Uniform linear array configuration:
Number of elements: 8
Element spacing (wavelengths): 0.75
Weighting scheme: hamming
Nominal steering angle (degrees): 15
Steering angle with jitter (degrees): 14.92
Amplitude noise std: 0.05
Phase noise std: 0.05

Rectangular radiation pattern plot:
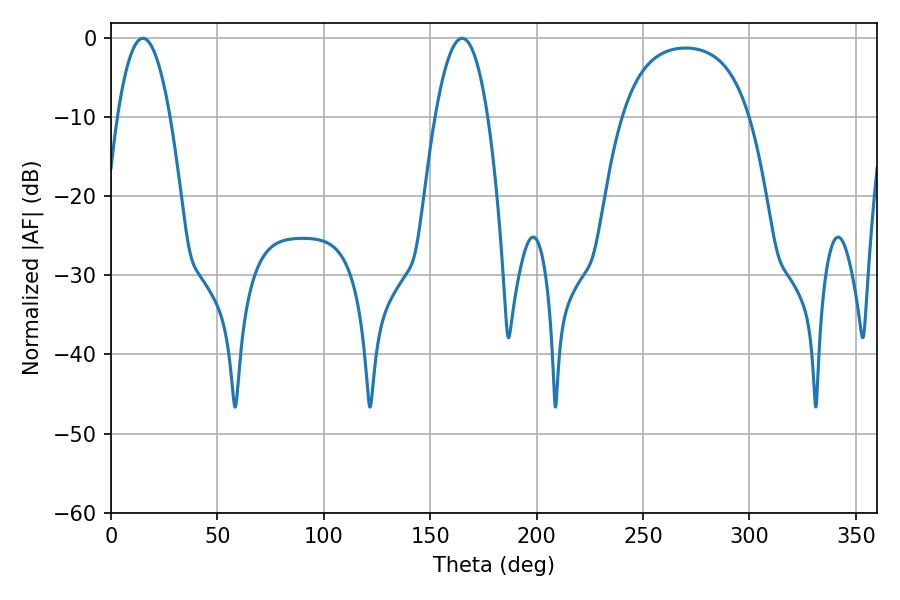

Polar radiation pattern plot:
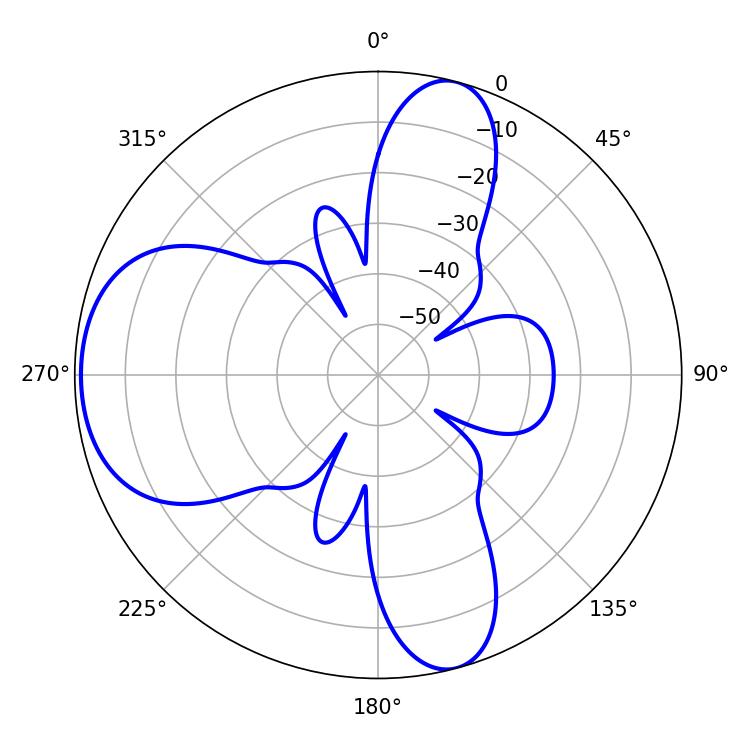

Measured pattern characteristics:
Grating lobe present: TRUE
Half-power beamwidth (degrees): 13.68
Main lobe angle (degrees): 14.94